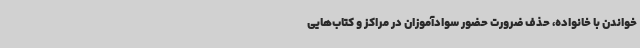
خواندن با خانواده، حذف ضرورت حضور سوادآموزان در مراکز و کتاب‌هایی